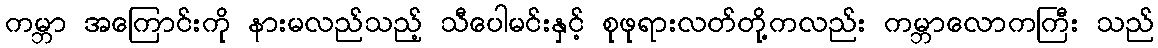
ကမ္ဘာ အကြောင်းကို နားမလည်သည့် သီပေါမင်းနှင့် စုဖုရားလတ်တို့ကလည်း ကမ္ဘာလောကကြီး သည်